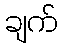
ချက်